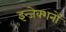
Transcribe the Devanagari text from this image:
इन्जेक्शनों